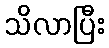
သိလာပြီး